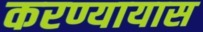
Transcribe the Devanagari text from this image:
करण्यायास